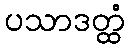
ပသာဒတ္ထံ